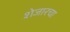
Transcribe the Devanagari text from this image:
शेजारचा